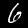
Digit: 6